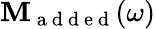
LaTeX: \mathbf{M}_{\mathrm{~a~d~d~e~d~}}(\omega)